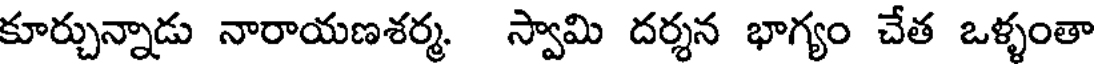
కూర్చున్నాడు నారాయణశర్మ స్వామి దర్శన భాగ్యం చేత ఒళ్ళంతా